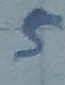
Text: 5